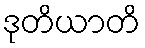
ဒုတိယာတိ